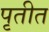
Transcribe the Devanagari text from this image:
पृतीत